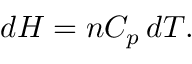
d H = n C _ { p } \, d T .